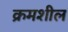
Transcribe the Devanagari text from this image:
क्रमशील